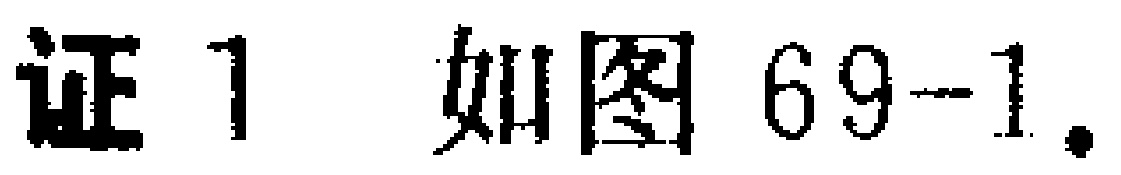
证 1 如图 69-1.